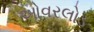
ઓવરલોડ